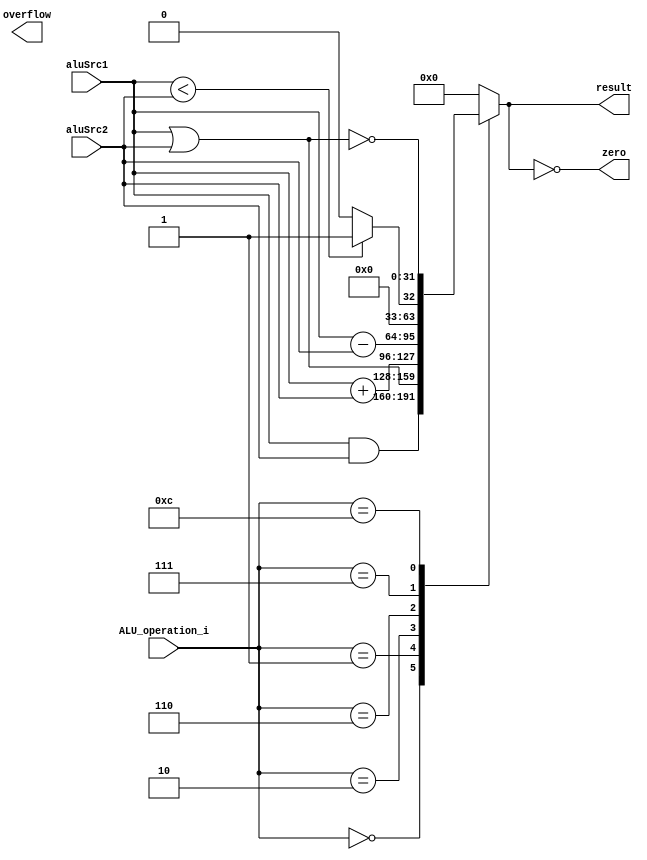
// Class: 109  
module ALU( aluSrc1, aluSrc2, ALU_operation_i, result, zero, overflow );

//I/O ports 
input signed[32-1:0]  aluSrc1;
input signed[32-1:0]  aluSrc2;
input	 [4-1:0] ALU_operation_i;

output	[32-1:0] result;
output			 zero;
output			 overflow;

//Internal Signals
wire			 zero;
wire			 overflow;
reg	[32-1:0] result;

//Main function
assign zero = (result==0);
always @(ALU_operation_i, aluSrc1, aluSrc2) begin
	case (ALU_operation_i)
		0: result <= aluSrc1 & aluSrc2;
		1: result <= aluSrc1 | aluSrc2;
		2: result <= aluSrc1 + aluSrc2;
		6: result <= aluSrc1 - aluSrc2;
		7: result <= aluSrc1 < aluSrc2 ? 1 : 0;
		12: result <= ~(aluSrc1 | aluSrc2);
		default: result <= 0;
	endcase
end


endmodule